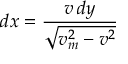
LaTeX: d x = { \frac { v \, d y } { \sqrt { v _ { m } ^ { 2 } - v ^ { 2 } } } }